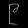
Digit: ၉